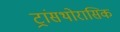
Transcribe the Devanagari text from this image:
ट्रांसथोरासिक